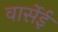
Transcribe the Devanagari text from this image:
वार्सेई